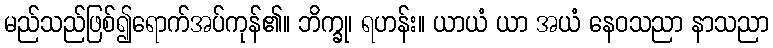
မည်သည်ဖြစ်၍ရောက်အပ်ကုန်၏။ ဘိက္ခု၊ ရဟန်း။ ယာယံ ယာ အယံ နေဝသညာ နာသညာ